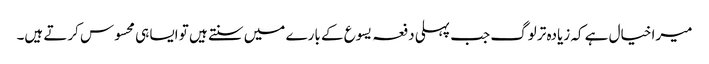
میرا خیال ہے کہ زیادہ تر لوگ جب پہلی دفعہ یسوع کے بارے میں سنتے ہیں تو ایسا ہی محسوس کرتے ہیں۔